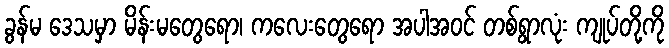
ခွန်မ ဒေသမှာ မိန်းမတွေရော၊ ကလေးတွေရော အပါအဝင် တစ်ရွာလုံး ကျုပ်တို့ကို